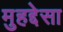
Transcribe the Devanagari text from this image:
मुहद्देसा